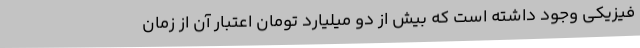
فیزیکی وجود داشته است که بیش از دو میلیارد تومان اعتبار آن از زمان